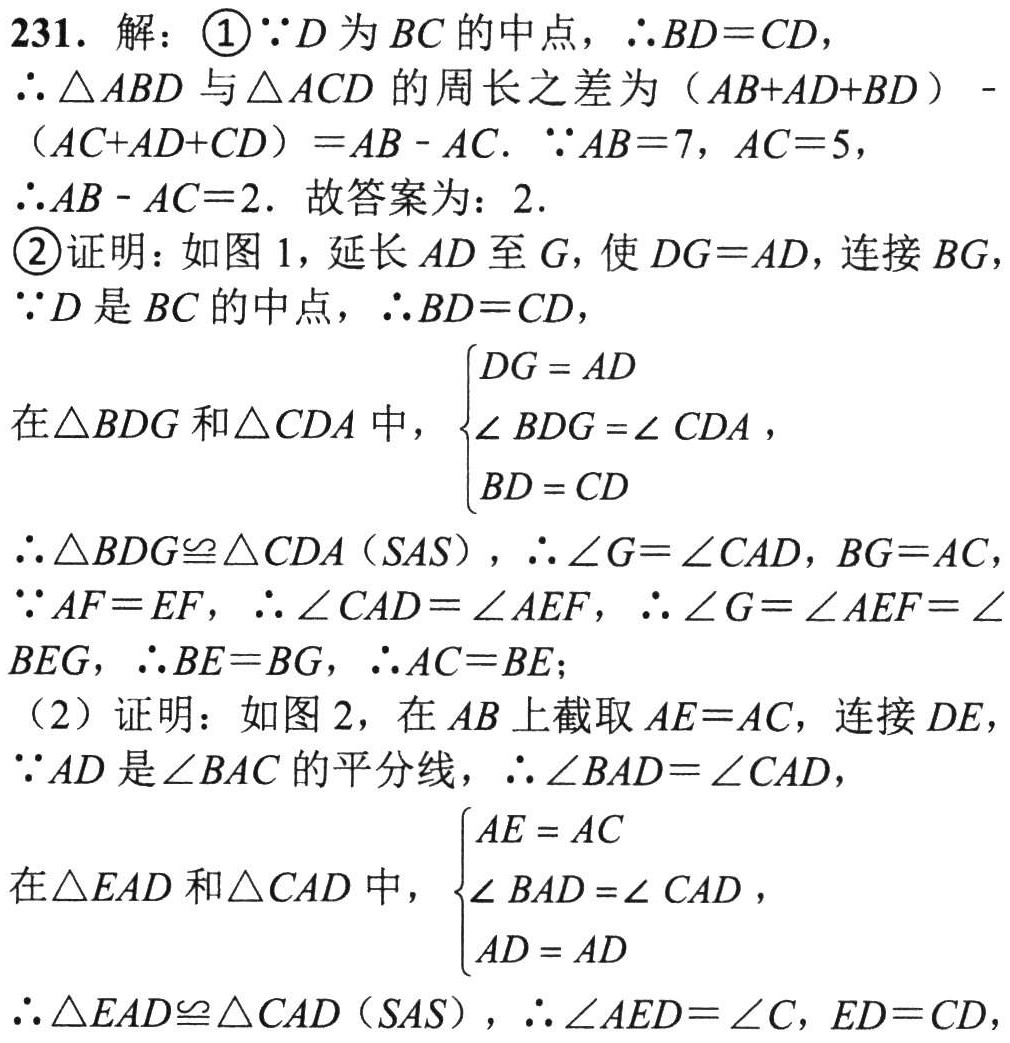
231. 解：\textcircled{1}\(\because D\)为 \(BC\) 的中点，\(\therefore BD = CD\)，
\(\therefore\triangle ABD\) 与 \(\triangle ACD\) 的周长之差为 \((AB + AD+BD)-(AC + AD + CD)=AB - AC\). \(\because AB = 7\)，\(AC = 5\)，
\(\therefore AB - AC = 2\). 故答案为：\(2\).
\textcircled{2}证明：如图 1，延长 \(AD\) 至 \(G\)，使 \(DG = AD\)，连接 \(BG\)，
\(\because D\) 是 \(BC\) 的中点，\(\therefore BD = CD\)，
在\(\triangle BDG\) 和\(\triangle CDA\) 中，\(\begin{cases}DG = AD\\\angle BDG=\angle CDA\\BD = CD\end{cases}\)，
\(\therefore\triangle BDG\cong\triangle CDA(SAS)\)，\(\therefore\angle G=\angle CAD\)，\(BG = AC\)，
\(\because AF = EF\)，\(\therefore\angle CAD=\angle AEF\)，\(\therefore\angle G=\angle AEF=\angle BEG\)，\(\therefore BE = BG\)，\(\therefore AC = BE\)；
(2) 证明：如图 2，在 \(AB\) 上截取 \(AE = AC\)，连接 \(DE\)，
\(\because AD\) 是\(\angle BAC\) 的平分线，\(\therefore\angle BAD=\angle CAD\)，
在\(\triangle EAD\) 和\(\triangle CAD\) 中，\(\begin{cases}AE = AC\\\angle BAD=\angle CAD\\AD = AD\end{cases}\)，
\(\therefore\triangle EAD\cong\triangle CAD(SAS)\)，\(\therefore\angle AED=\angle C\)，\(ED = CD\)，